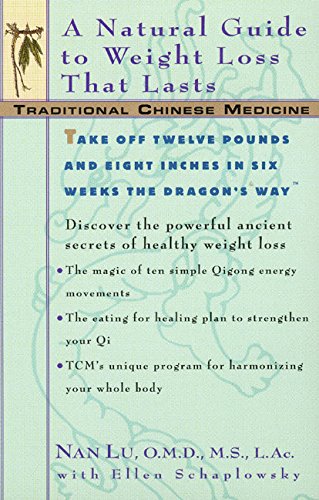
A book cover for TCM: A Natural Guide to Weight Loss That Lasts (Traditional Chinese Medicine); Dr. Lu; Health, Fitness & Dieting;